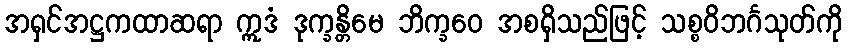
အရှင်အဋ္ဌကထာဆရာ ဣဒံ ဒုက္ခန္တိမေ ဘိက္ခဝေ အစရှိသည်ဖြင့် သစ္စဝိဘင်္ဂသုတ်ကို